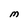
Character: M